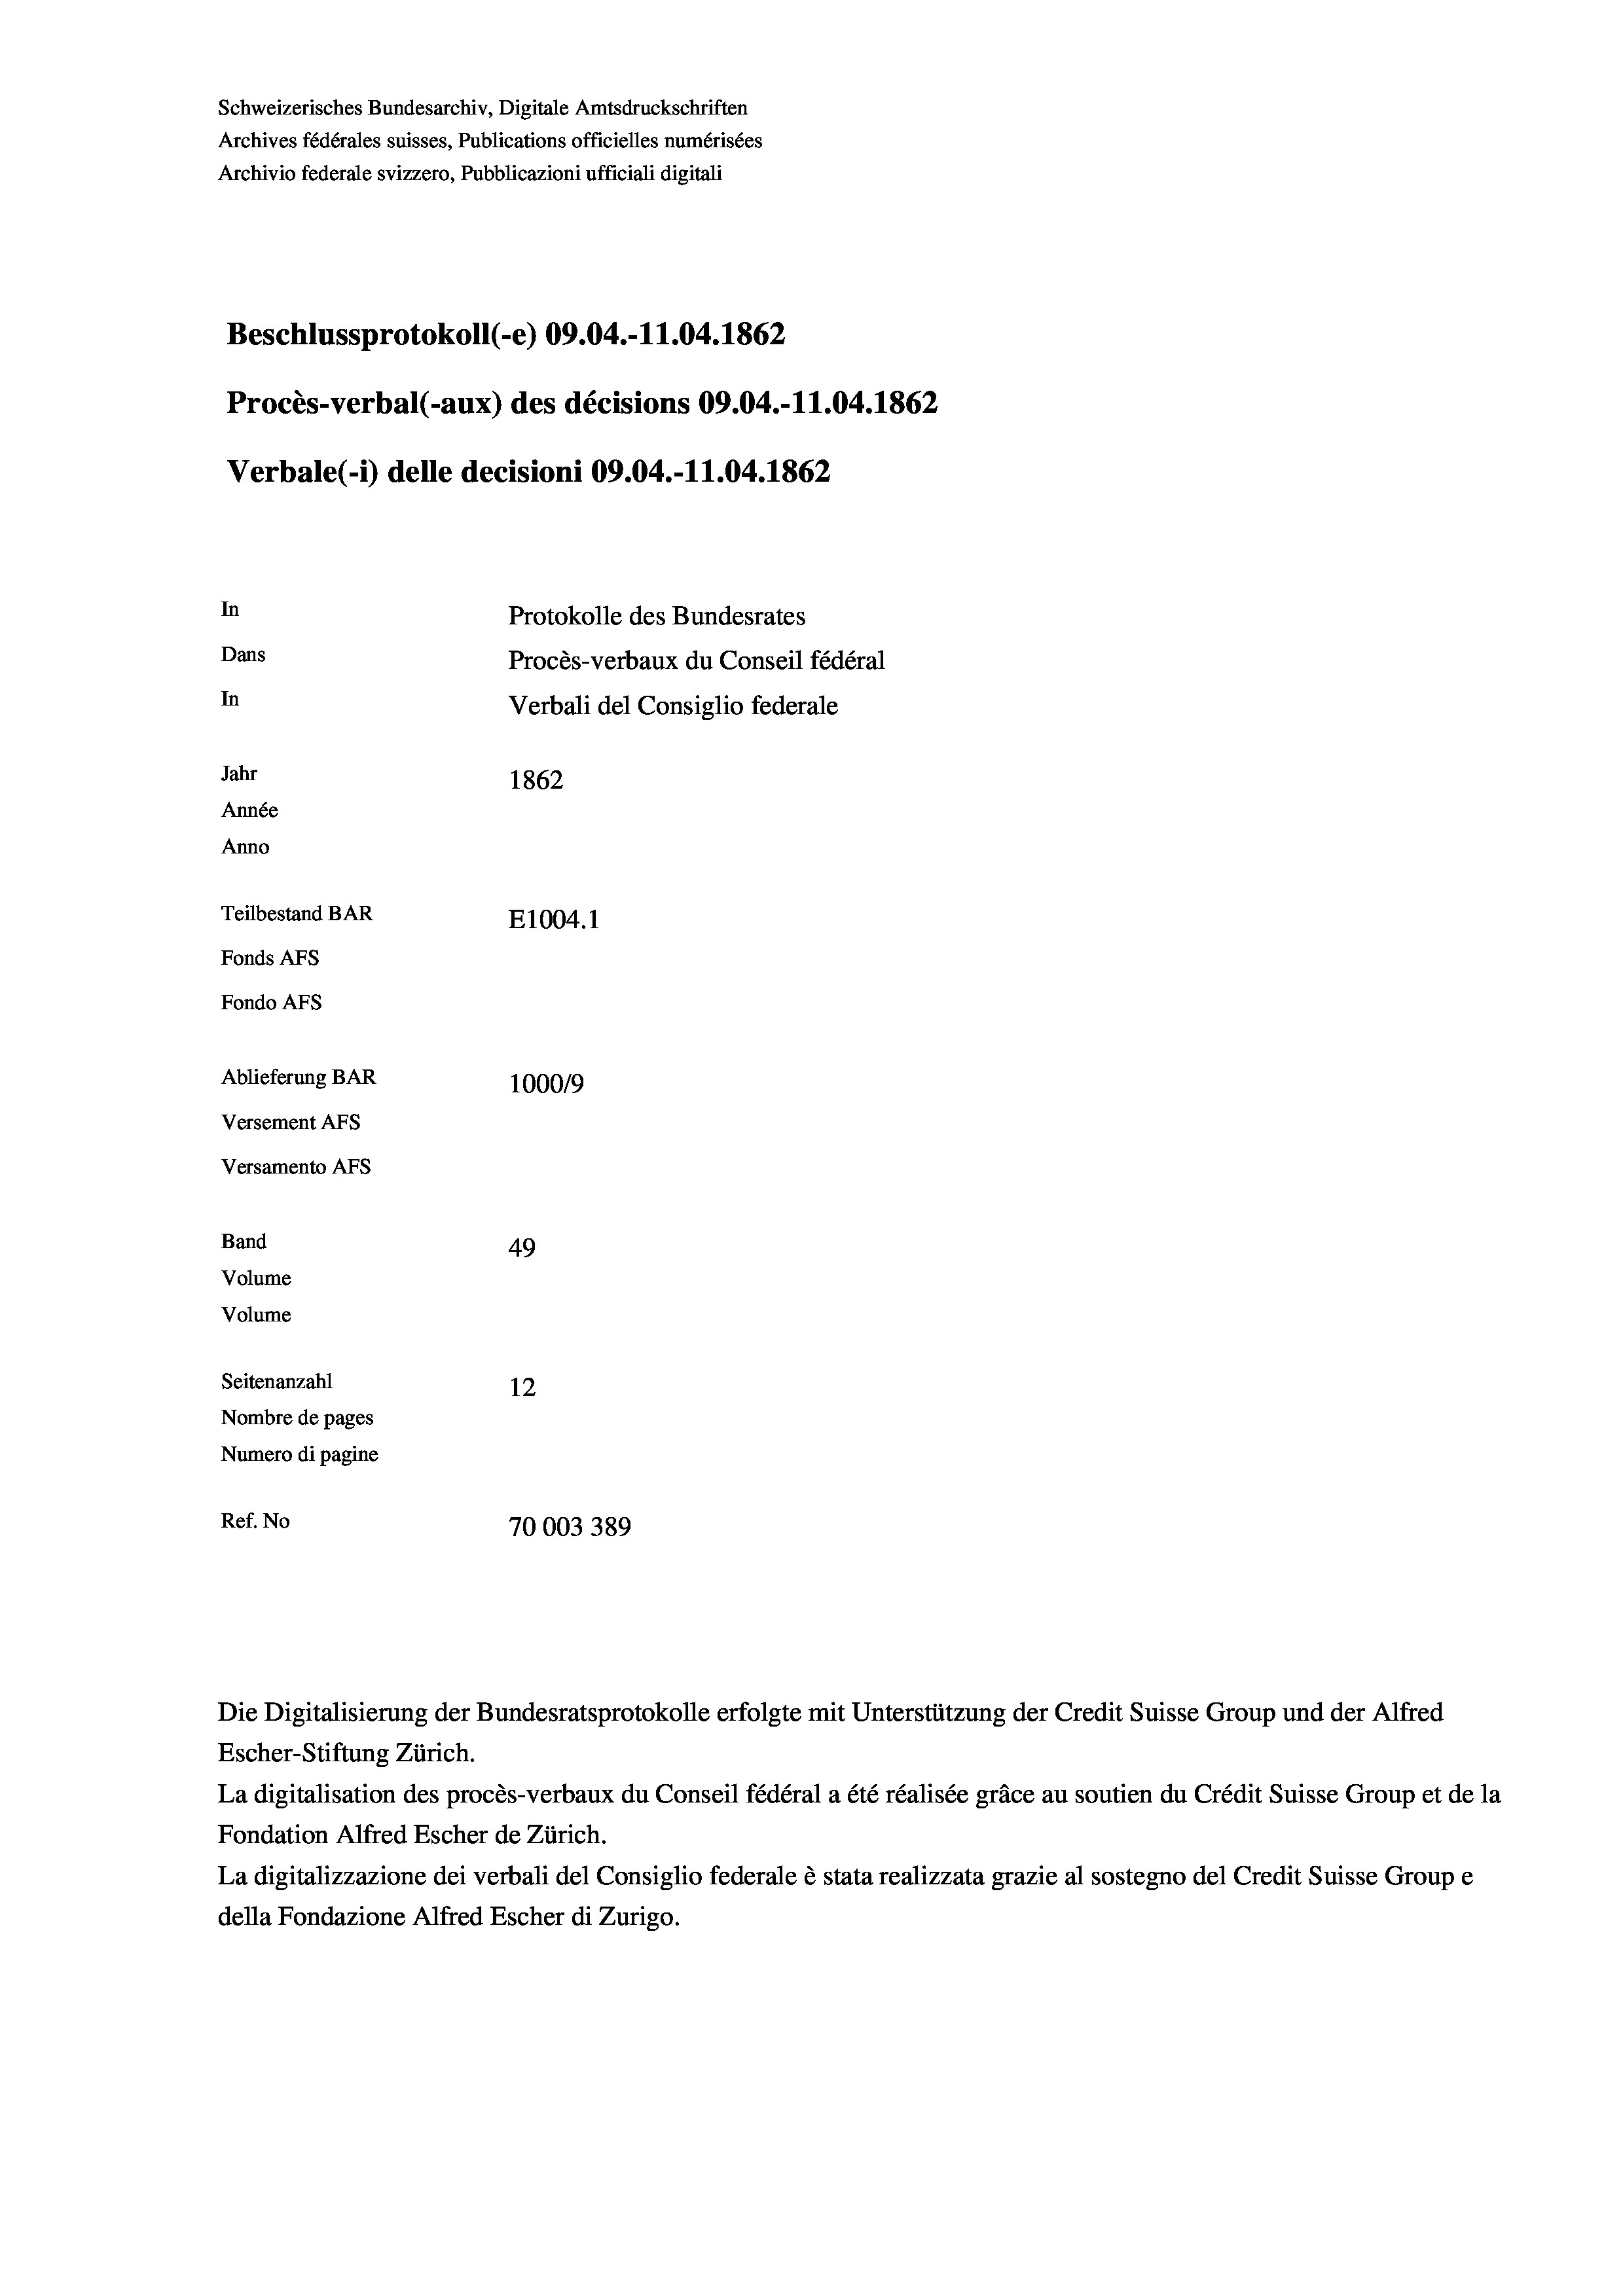
Schweizerisches Bundesarchiv, Digitale Amtsdruckschriften
Archives fédérales suisses, Publications officielles numérisées
Archivio federale svizzero, Pubblicazioni ufficiali digitali
Beschlussprotokoll (-e) 09.04.-11.04. 1862
Procès-verbal (-aux) des décisions 09.04.-11.04. 1862
Verbale (- 1) delle decisioni 09.04.-11.04. 1862.
In
Protokolle des Bundesrates
Dans
Procès-verbaux du Conseil fédéral
In
Verbali del Consiglio federale
Jahr
1862
Année
Anno
Teilbestand BAR
E1004.1
Fonds AFs
Fondo Afs
Ablieferung BAR
100019
Versement AFs
Versamento AFS
Band
49
Volume
Volume
Seitenanzahl
12

Nombre de pages
Numero di pagine
Ref. No
70003 389

Die Digitalisierung der Bundesratsprotokolle erfolgte mit Unterstützung der Credit Suisse Group und der Alfred
Escher-Stiftung Zürich.

La digitalisation des procès-verbaux du Conseil fédéral a été réalisée gräce au soutien du Crédit Suisse Group et de la
Fondation Alfred Escher de Zürich.
La digitalizzazione dei verbali del Consiglio federale è stata realizzata grazie al sostegno del Credit Suisse Groupe
della Fondazione Alfred Escher di Zurigo.